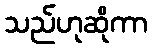
သည်ဟုဆိုကာ